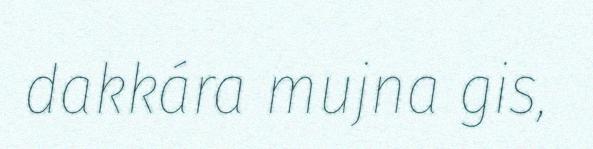
dakkára mujna gis,